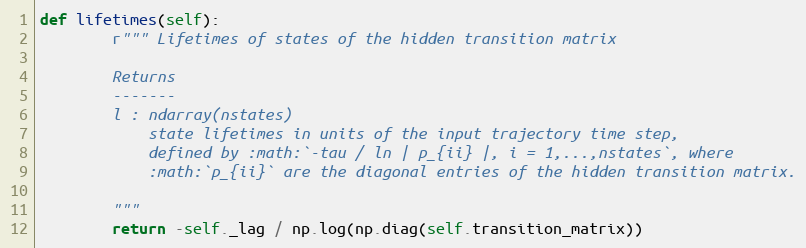
Language: Python
def lifetimes(self):
        r""" Lifetimes of states of the hidden transition matrix

        Returns
        -------
        l : ndarray(nstates)
            state lifetimes in units of the input trajectory time step,
            defined by :math:`-tau / ln | p_{ii} |, i = 1,...,nstates`, where
            :math:`p_{ii}` are the diagonal entries of the hidden transition matrix.

        """
        return -self._lag / np.log(np.diag(self.transition_matrix))